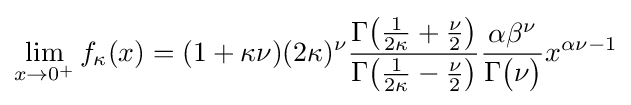
\lim _{x\to 0^{+}}f_{\kappa }(x)=(1+\kappa \nu )(2\kappa )^{\nu }{\frac {\Gamma {\big (}{\frac {1}{2\kappa }}+{\frac {\nu }{2}}{\big )}}{\Gamma {\big (}{\frac {1}{2\kappa }}-{\frac {\nu }{2}}{\big )}}}{\frac {\alpha \beta ^{\nu }}{\Gamma {\big (}\nu {\big )}}}x^{\alpha \nu -1}